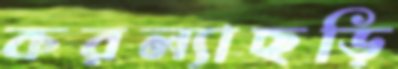
করল্যাছড়ি